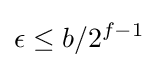
\epsilon \leq b/2^{f-1}